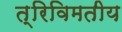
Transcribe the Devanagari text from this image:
त्रिविमतीय